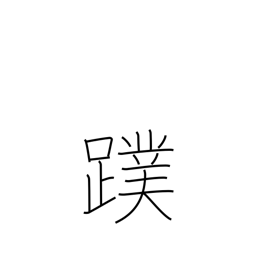
Meaning: webfoot